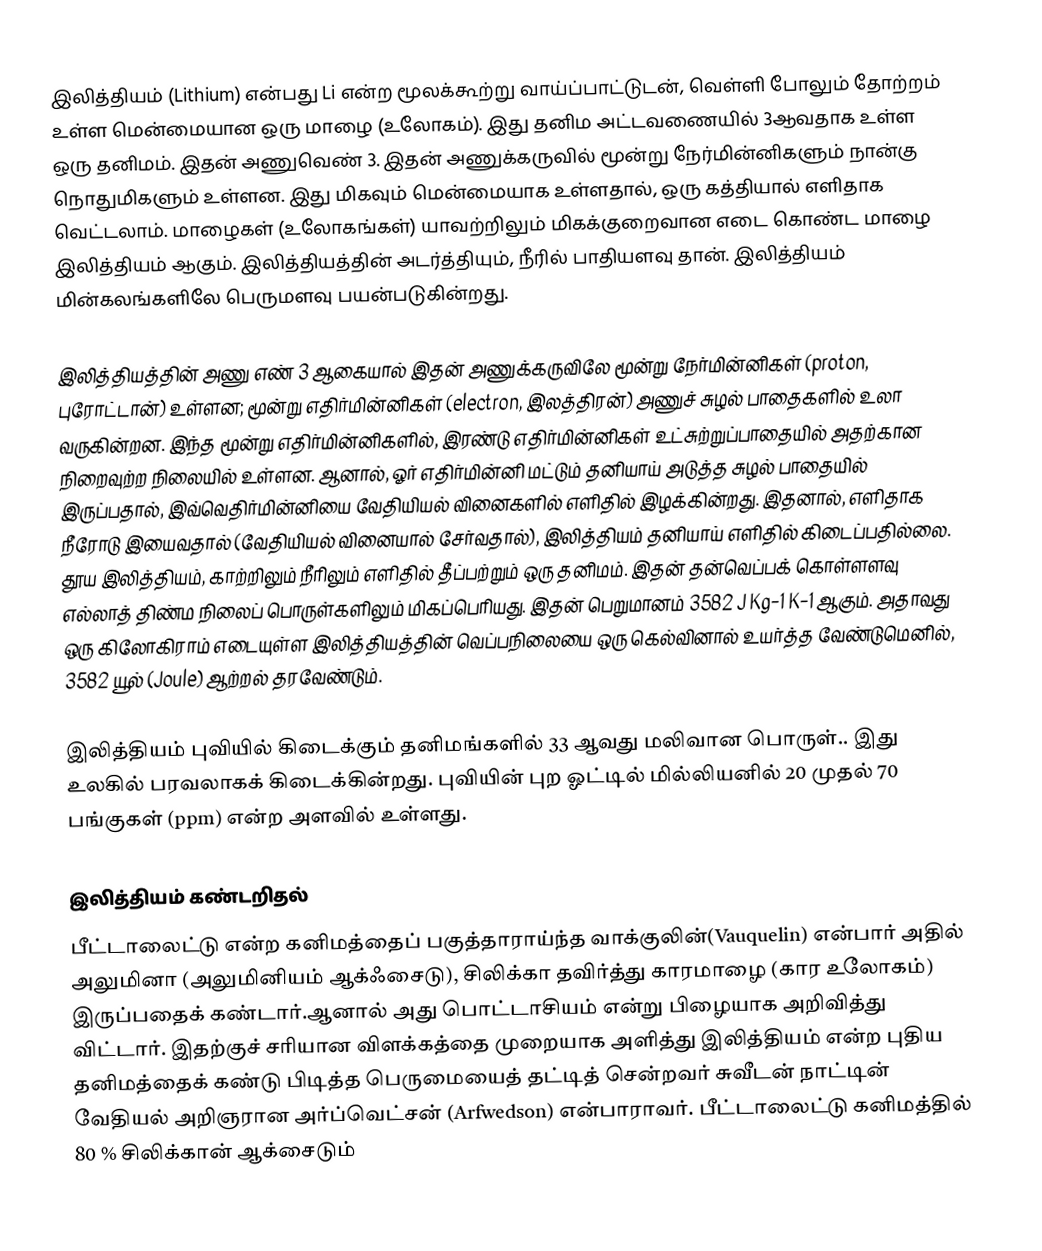
இலித்தியம் (Lithium) என்பது Li என்ற மூலக்கூற்று வாய்ப்பாட்டுடன், வெள்ளி போலும் தோற்றம் உள்ள மென்மையான  ஒரு மாழை (உலோகம்). இது தனிம அட்டவணையில் 3ஆவதாக உள்ள ஒரு தனிமம். இதன் அணுவெண் 3. இதன் அணுக்கருவில் மூன்று நேர்மின்னிகளும் நான்கு நொதுமிகளும் உள்ளன. இது மிகவும் மென்மையாக உள்ளதால், ஒரு கத்தியால் எளிதாக வெட்டலாம். மாழைகள் (உலோகங்கள்) யாவற்றிலும் மிகக்குறைவான எடை கொண்ட மாழை இலித்தியம் ஆகும். இலித்தியத்தின் அடர்த்தியும், நீரில் பாதியளவு தான். இலித்தியம் மின்கலங்களிலே பெருமளவு பயன்படுகின்றது.

இலித்தியத்தின் அணு எண் 3 ஆகையால் இதன் அணுக்கருவிலே மூன்று நேர்மின்னிகள் (proton, புரோட்டான்) உள்ளன; மூன்று எதிர்மின்னிகள் (electron, இலத்திரன்) அணுச் சுழல் பாதைகளில் உலா வருகின்றன. இந்த மூன்று எதிர்மின்னிகளில், இரண்டு எதிர்மின்னிகள் உட்சுற்றுப்பாதையில் அதற்கான நிறைவுற்ற நிலையில் உள்ளன. ஆனால், ஓர் எதிர்மின்னி மட்டும் தனியாய் அடுத்த சுழல் பாதையில் இருப்பதால், இவ்வெதிர்மின்னியை வேதியியல் வினைகளில் எளிதில் இழக்கின்றது. இதனால், எளிதாக நீரோடு இயைவதால் (வேதியியல் வினையால் சேர்வதால்), இலித்தியம் தனியாய் எளிதில் கிடைப்பதில்லை. தூய இலித்தியம், காற்றிலும் நீரிலும் எளிதில் தீப்பற்றும் ஒரு தனிமம். இதன் தன்வெப்பக் கொள்ளளவு எல்லாத் திண்ம நிலைப் பொருள்களிலும் மிகப்பெரியது. இதன் பெறுமானம் 3582 J Kg−1 K−1 ஆகும். அதாவது ஒரு கிலோகிராம் எடையுள்ள இலித்தியத்தின் வெப்பநிலையை ஒரு கெல்வினால் உயர்த்த வேண்டுமெனில், 3582 யூல் (Joule) ஆற்றல் தரவேண்டும்.

இலித்தியம் புவியில் கிடைக்கும் தனிமங்களில் 33 ஆவது மலிவான பொருள்.. இது உலகில் பரவலாகக் கிடைக்கின்றது. புவியின் புற ஓட்டில் மில்லியனில் 20 முதல் 70 பங்குகள் (ppm)  என்ற அளவில் உள்ளது.

இலித்தியம் கண்டறிதல்
பீட்டாலைட்டு என்ற கனிமத்தைப் பகுத்தாராய்ந்த வாக்குலின்(Vauquelin) என்பார் அதில் அலுமினா (அலுமினியம் ஆக்ஃசைடு), சிலிக்கா தவிர்த்து காரமாழை (கார உலோகம்) இருப்பதைக் கண்டார்.ஆனால் அது பொட்டாசியம் என்று பிழையாக அறிவித்து விட்டார். இதற்குச் சரியான விளக்கத்தை முறையாக அளித்து இலித்தியம் என்ற புதிய தனிமத்தைக் கண்டு பிடித்த பெருமையைத் தட்டித் சென்றவர் சுவீடன் நாட்டின் வேதியல் அறிஞரான அர்ப்வெட்சன் (Arfwedson) என்பாராவர். பீட்டாலைட்டு கனிமத்தில் 80 % சிலிக்கான் ஆக்சைடும்